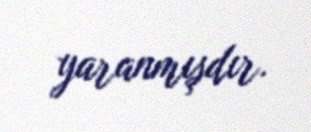
yaranmışdır.